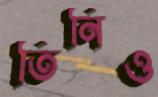
তিনিও